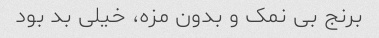
برنج بى نمک و بدون مزه، خیلى بد بود